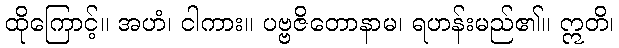
ထိုကြောင့်။ အဟံ၊ ငါကား။ ပဗ္ဗဇိတောနာမ၊ ရဟန်းမည်၏။ ဣတိ၊